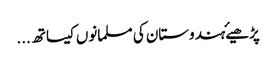
پڑھیۓہندوستان کی مسلمانوں کیساتھ ...